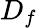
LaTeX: D_{f}